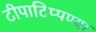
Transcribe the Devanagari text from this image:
टीपाटिप्पण्या